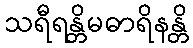
သရီရန္တိမဓာရိနန္တိ